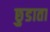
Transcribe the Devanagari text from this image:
छुडाता